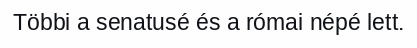
Többi a senatusé és a római népé lett.